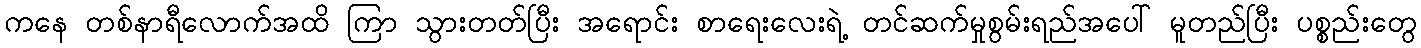
ကနေ တစ်နာရီလောက်အထိ ကြာ သွားတတ်ပြီး အရောင်း စာရေးလေးရဲ့ တင်ဆက်မှုစွမ်းရည်အပေါ် မူတည်ပြီး ပစ္စည်းတွေ